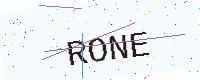
Text: RONE